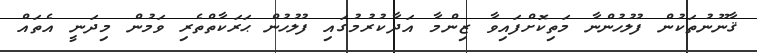
ޤާނޫނުތަކުން ފުލުހުންނާ މަތިކޮށްފައިވާ ޒިންމާ އަދާކުރުމުގައި ފުލުހުން ޙަރަކާތްތެރި ވަމުން މިދަނީ އެތައް